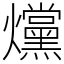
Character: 爣